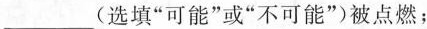
___(选填”可能”或”不可能”被点燃；